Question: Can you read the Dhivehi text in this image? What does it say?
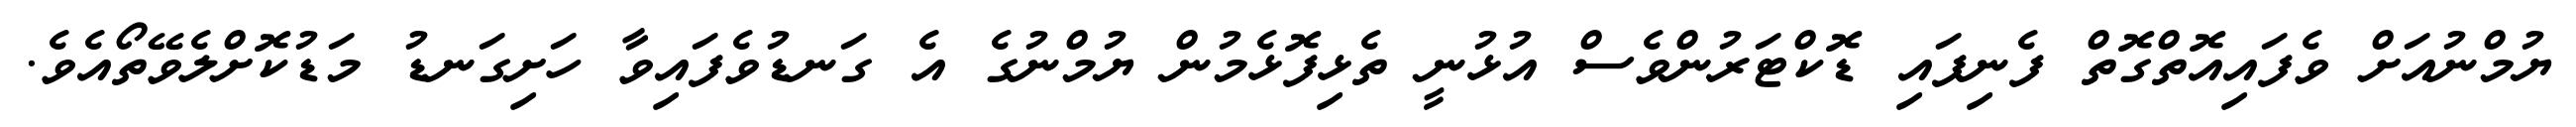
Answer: ޔުމްނުއަށް ވެފައިއޮތްގޮތް ފެނިފައި ޑޮކްޓަރުންވެސް އުޅުނީ ތެޅިފޮޅެމުން ޔުމްނުގެ އެ ގަނޑުވެފައިވާ ހަށިގަނޑު މަޑުކޮށްލެވޭތޯއެވެ.